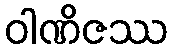
ဝါဏိဇဿ